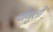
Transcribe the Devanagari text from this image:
पोंगुली